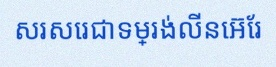
សរសេរជាទម្រង់លីនេអ៊ែរ